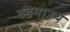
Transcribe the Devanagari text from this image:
बडमाउथ